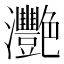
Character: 灧